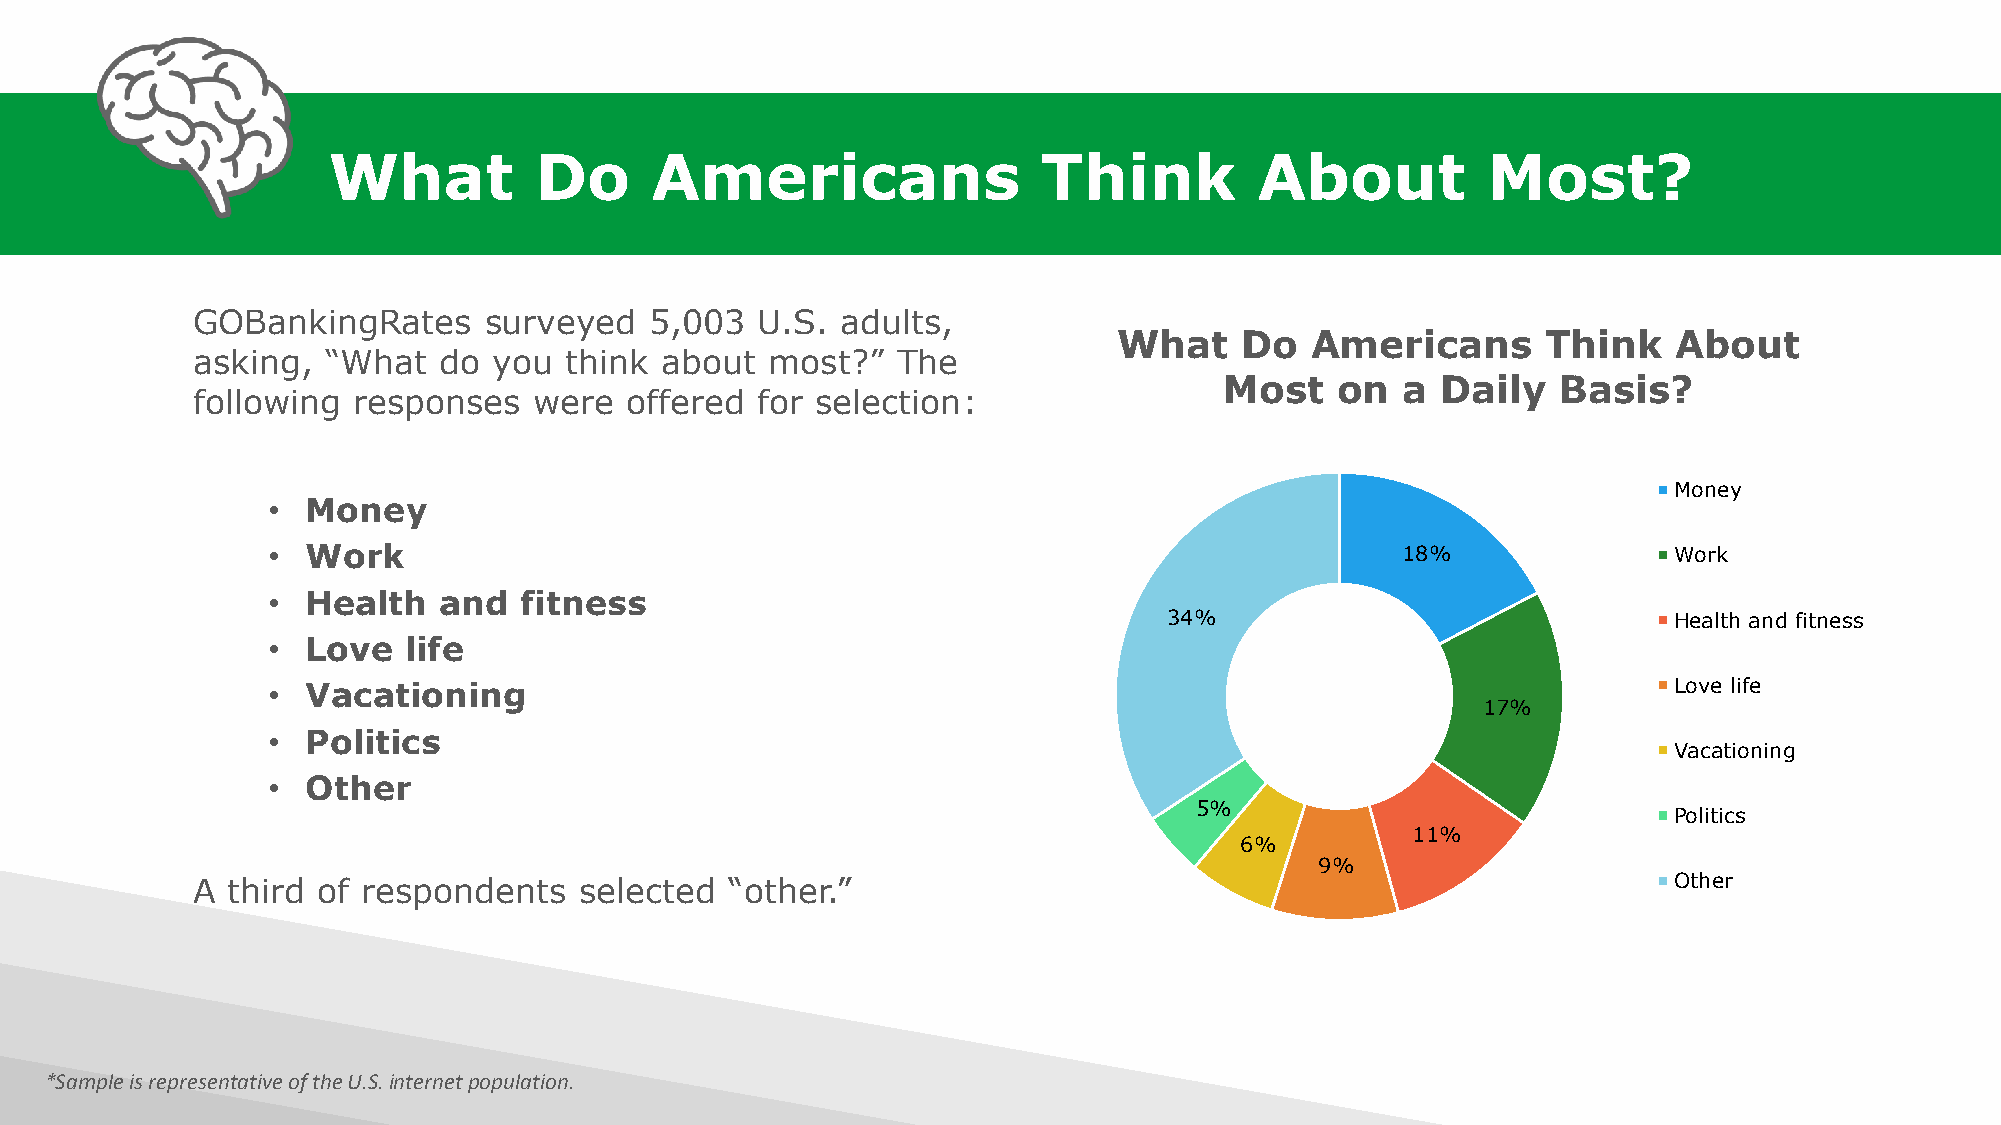
What         Do      Americans                 Think         About          Most?
 GOBankingRates     surveyed   5,003  U.S.  adults,
 What    Do   Americans      Think    About
 asking,  “What  do  you think  about  most?”  The
 Most   on   a Daily   Basis?
 following responses   were  offered  for selection:
 Money
 • Money
 • Work                                                                     18%               Work
 • Health   and  fitness
 34%                               Health and fitness
 • Love   life
 • Vacationing                                                                                Love life
 17%
 • Politics
 Vacationing
 • Other
 5%
 Politics
 11%
 6%
 9%
 A third of respondents   selected  “other.”                                                       Other
 *Sample is representative of the U.S. internet population.